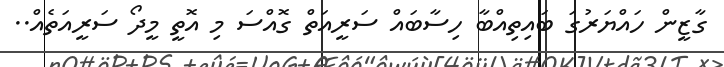
ގާޒީން ހައްޔަރުގަ ބައިތިއްބާ ހިސާބައް ސަރީއަތް ގޮއްސަ މި އޮތީ މީދޯ ސަރީއަތެއް..